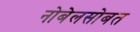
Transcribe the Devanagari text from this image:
नोबेलसोबत